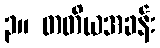
၃။ တတိယအခန်း